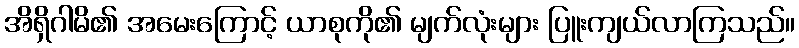
အိရှိဂါမိ၏ အမေးကြောင့် ယာစုကို၏ မျက်လုံးများ ပြူးကျယ်လာကြသည်။